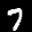
Label: 7